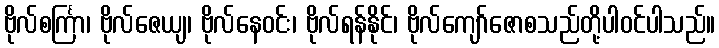
ဗိုလ်စင်္ကြာ၊ ဗိုလ်ဇေယျ၊ ဗိုလ်နေဝင်း၊ ဗိုလ်ရန်နိုင်၊ ဗိုလ်ကျော်ဇောစသည်တို့ပါဝင်ပါသည်။